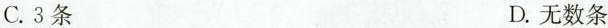
C.3条 D.无数条